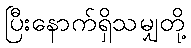
ပြီးနောက်ရှိသမျှတို့